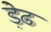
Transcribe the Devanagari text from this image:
ड़ेढ